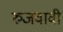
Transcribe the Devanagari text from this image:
रुजवावी